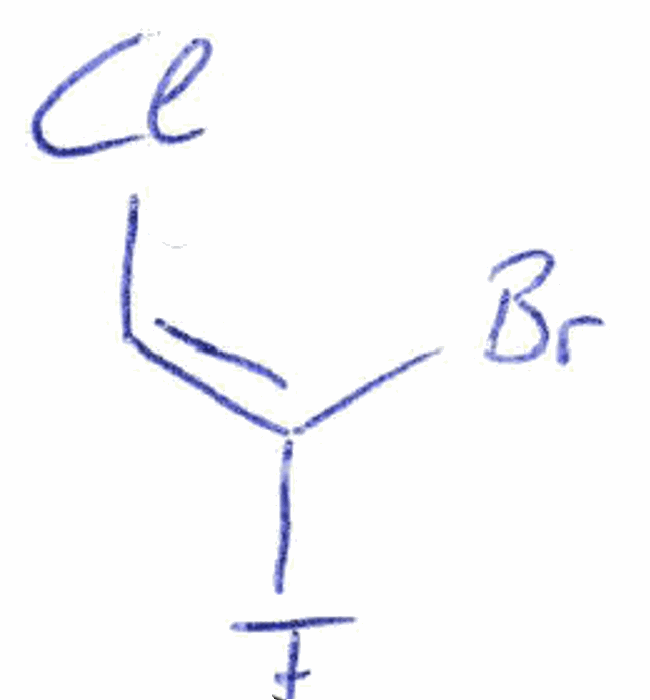
Simplified molecular-input line-entry system (SMILES) notation of the given molecule:
C(=C(/F)\Br)\Cl